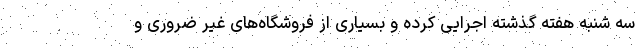
سه شنبه هفته گذشته اجرایی کرده و بسیاری از فروشگاه‌های غیر ضروری و